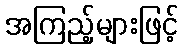
အကြည့်များဖြင့်